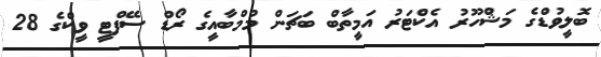
ބޮލީވުޑްގެ މަޝްހޫރު އެކްޓަރު އަމީތާބް ބަޗަން މުމްބާއީގެ ރޯޑް ސޭފްޓީ ވީކްގެ 28